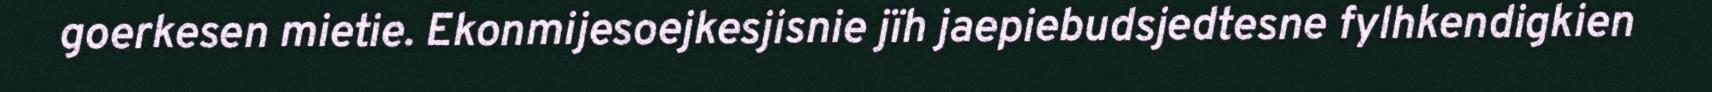
goerkesen mietie. Ekonmijesoejkesjisnie jïh jaepiebudsjedtesne fylhkendigkien